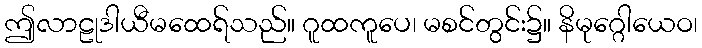
ဤလာဠုဒါယီမထေရ်သည်။ ဂူထကူပေ၊ မစင်တွင်း၌။ နိမုဂ္ဂေါယေဝ၊